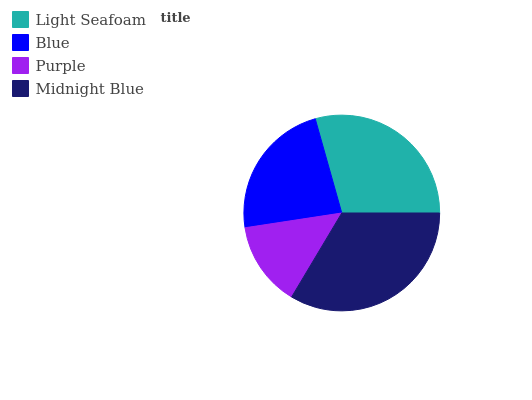
| Light Seafoam | Blue | Purple | Midnight Blue |
 | --- | --- | --- | --- |
 | 29.4% | 23% | 14% | 33.5% |